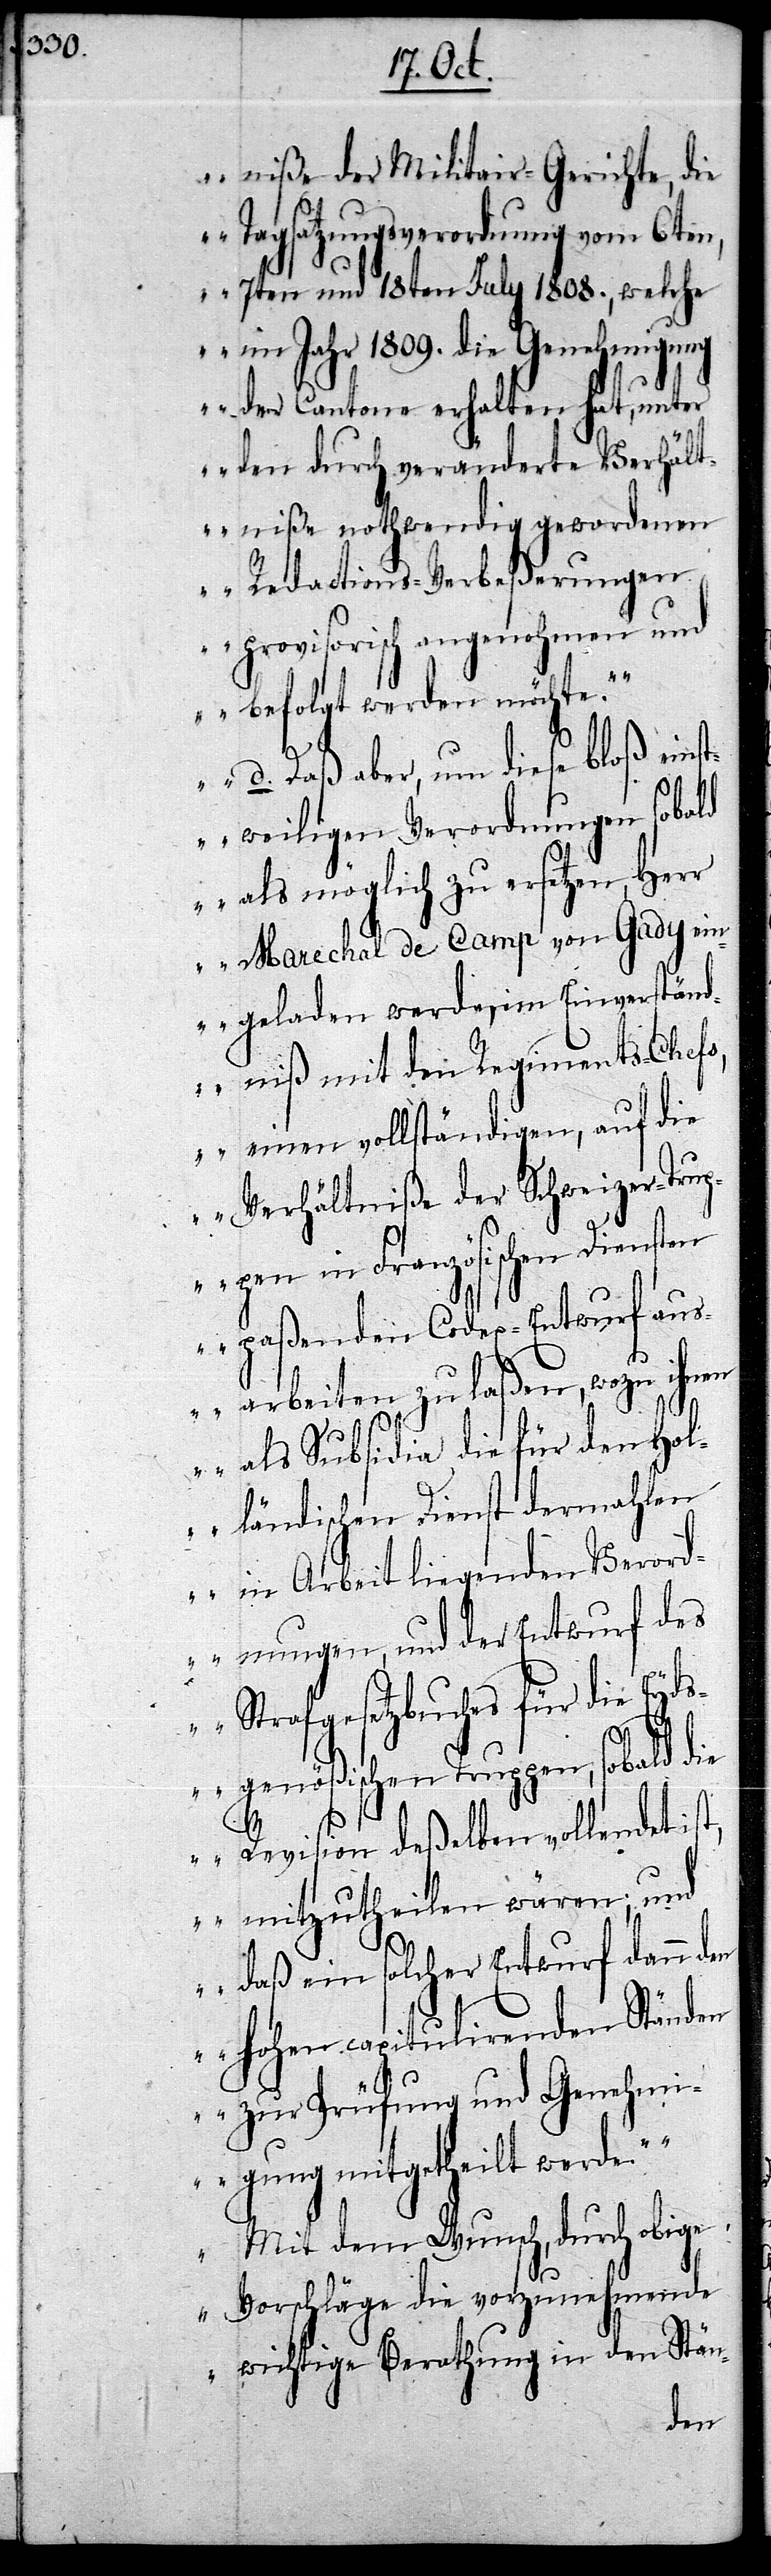
niße der Militair-Gerichte, die
Tagsatzungsverordnung vom 6ten,
7ten und 18ten July 1808., welche
im Jahr 1809. die Genehmigung
der Cantone erhalten hat, unter
den durch veränderte Verhält¬
niße nothwendig gewordenen
Redactions-Verbeßerungen
provisorisch angenohmen und
befolgt werden möchte.
d. Daß aber, um diese bloß einst¬
weiligen Verordnungen sobald
als möglich zu ersetzen, Herr
Marechal de Camp von Gady ein¬
geladen werde, im Einverständ¬
niß mit den Regiments-Chefs,
einen vollständigen, auf die
Verhältniße der Schweizer-Trup¬
pen in Französischen Diensten
paßenden Codex-Entwurf aus¬
arbeiten zu laßen, wozu ihnen
als Subsidia die für den Hol¬
ländischen Dienst dermahlen
in Arbeit liegenden Verord¬
nungen, und der Entwurf des
Strafgesetzbuches für die Eyds¬
genößischen Truppen, sobald die
Revision deßelben vollendet is¬
t, mitzutheilen wären; und
daß ein solcher Entwurf dann den
hohen capitulirenden Ständen
zur Prüfung und Genehmi¬
gung mitgetheilt werde.’
Mit dem Wunsch, durch obige
Vorschläge die vorzunehmende
wichtige Berathung in den Stän-